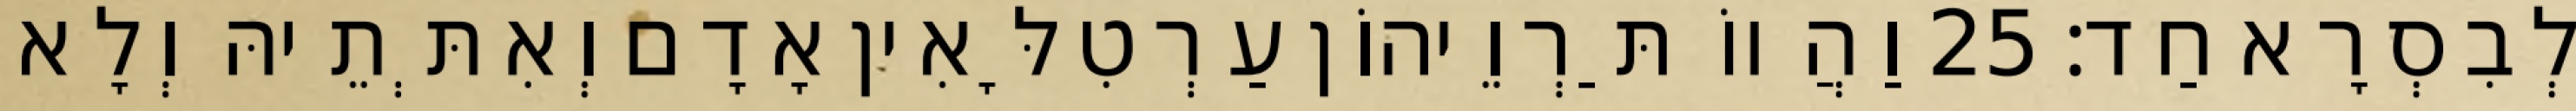
לְבִסְרָא חַד׃ 25 וַהֲווֹ תַּרְוֵיהוֹן עַרְטִלָּאִין אָדָם וְאִתְּתֵיהּ וְלָא